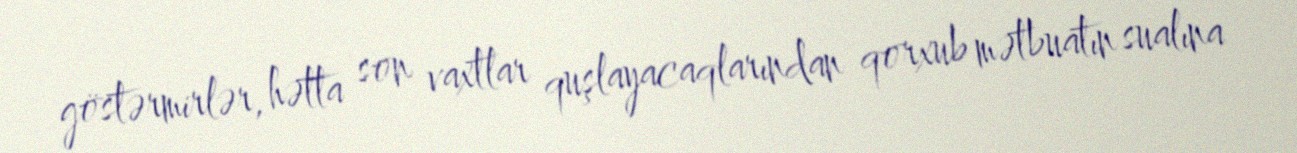
göstərmirlər, hətta son vaxtlar quşlayacaqlarından qorxub mətbuatın sualına